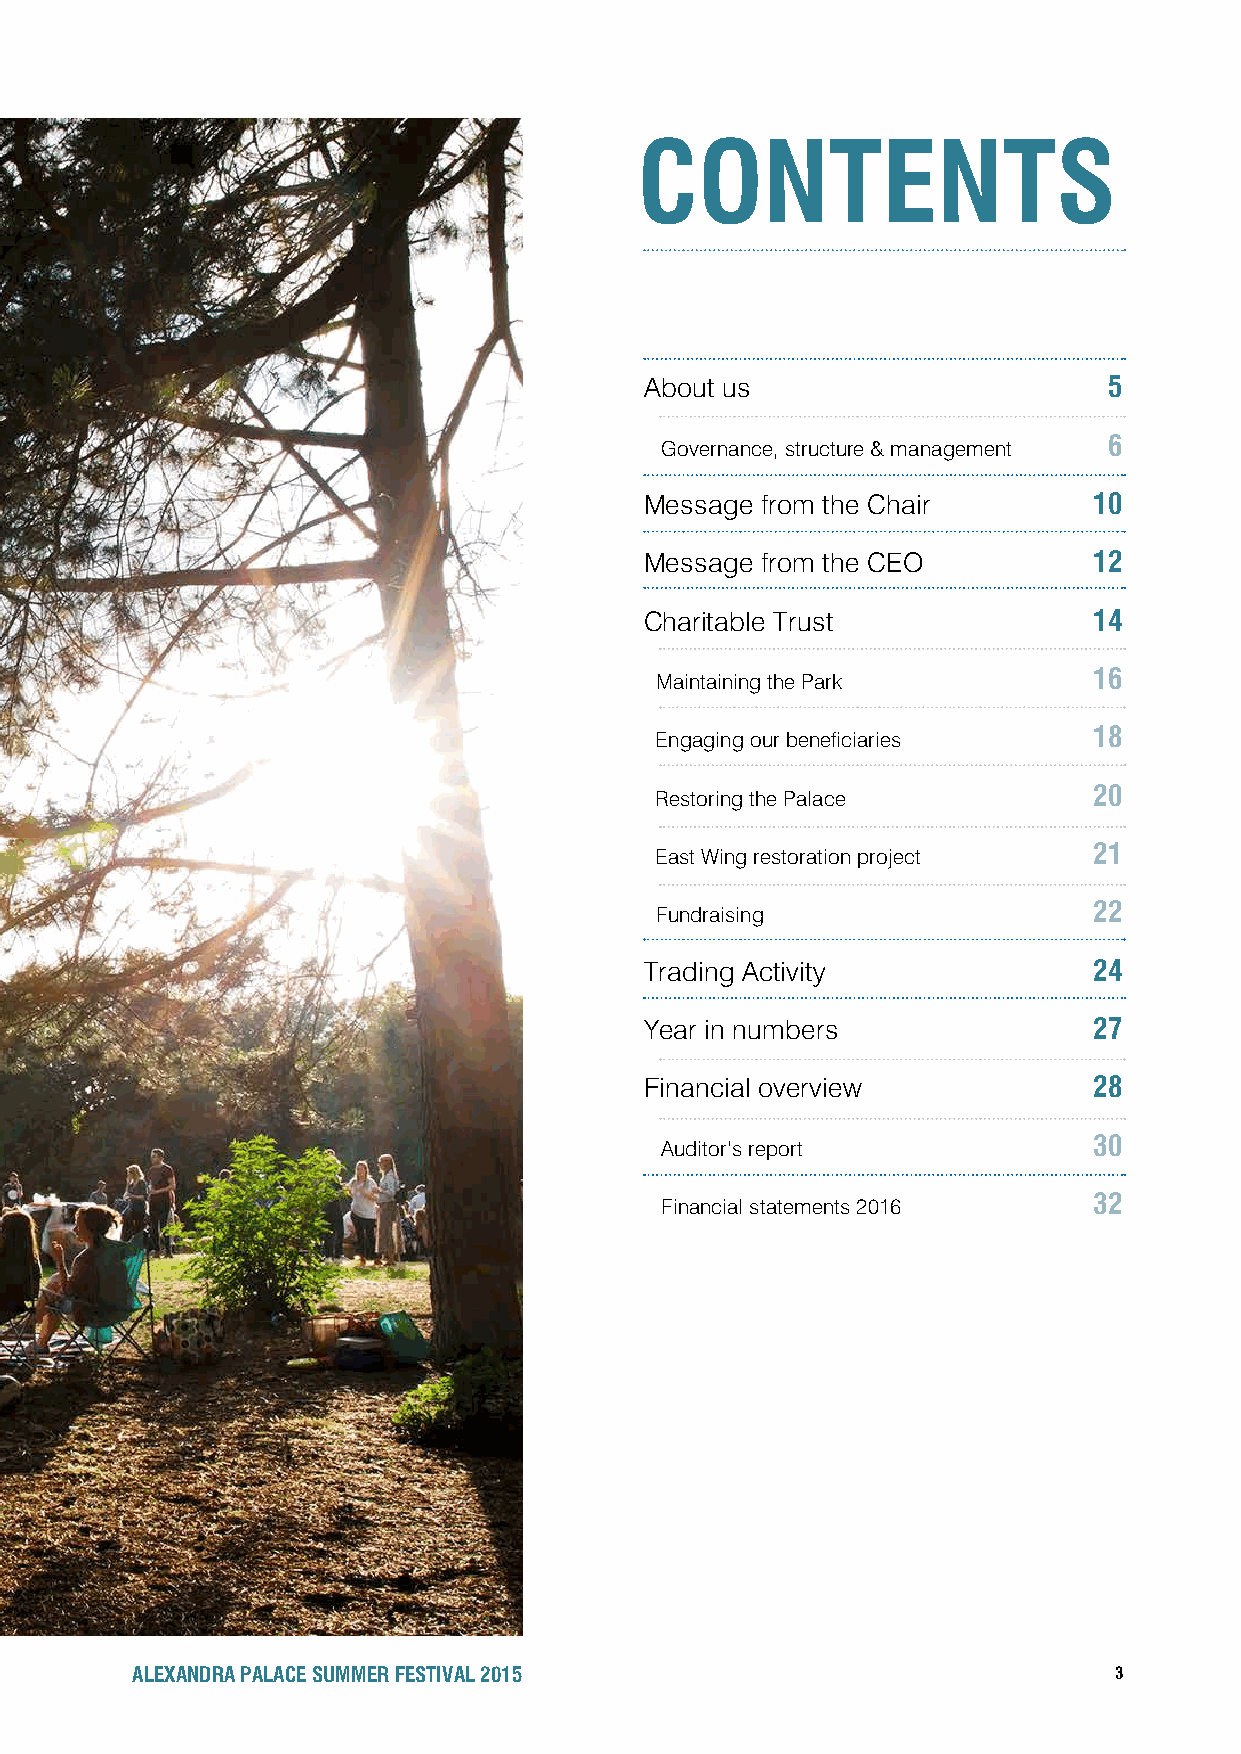
CONTENTS
 About us                      5
 6
 Governance, structure & management
 Message from the Chair       10
 Message from the CEO         12
 Charitable Trust             14
 16
 Maintaining the Park
 18
 Engaging our beneficiaries
 20
 Restoring the Palace
 21
 East Wing restoration project
 22
 Fundraising
 Trading Activity             24
 Year in numbers              27
 Financial overview           28
 30
 Auditor’s report
 32
 Financial statements 2016
 ALEXANDRA PALACE SUMMER FESTIVAL 2015                            3